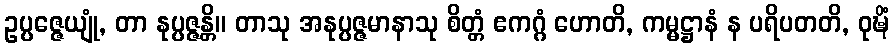
ဥပ္ပဇ္ဇေယျုံ, တာ နုပ္ပဇ္ဇန္တိ။ တာသု အနုပ္ပဇ္ဇမာနာသု စိတ္တံ ဧကဂ္ဂံ ဟောတိ, ကမ္မဋ္ဌာနံ န ပရိပတတိ, ဝုဍ္ဎိံ